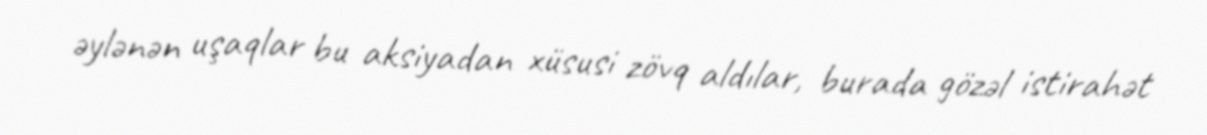
əylənən uşaqlar bu aksiyadan xüsusi zövq aldılar, burada gözəl istirahət